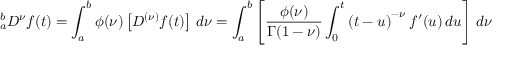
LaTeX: { } _ { a } ^ { b } D ^ { \nu } f ( t ) = \int _ { a } ^ { b } \phi ( \nu ) \left[ D ^ { ( \nu ) } f ( t ) \right] \, d \nu = \int _ { a } ^ { b } \left[ { \frac { \phi ( \nu ) } { \Gamma ( 1 - \nu ) } } \int _ { 0 } ^ { t } \left( t - u \right) ^ { - \nu } f ^ { \prime } ( u ) \, d u \right] \, d \nu